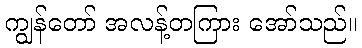
ကျွန်တော် အလန့်တကြား အော်သည်။